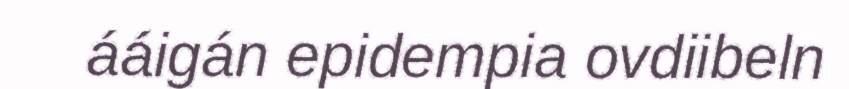
ááigán epidempia ovdiibeln